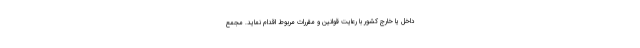
داخل یا خارج کشور با رعایت قوانین و مقررات مربوط اقدام نماید. مجمع